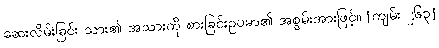
ဆေးလိမ်းခြင်း သား၏ အသားကို စားခြင်းဥပမာ၏ အစွမ်းအားဖြင့်။ [ကျမ်း ၂၆၃]